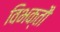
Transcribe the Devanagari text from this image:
विभक्तौ